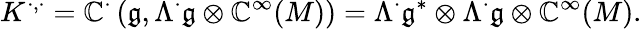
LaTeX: K^{\cdot,\cdot}=\mathbb{C}^{\cdot}\left({\mathfrak{{g}}},\Lambda^{\cdot}{\mathfrak{{g}}}\otimes\mathbb{C}^{\infty}(M)\right)=\Lambda^{\cdot}{\mathfrak{{g}}}^{*}\otimes\Lambda^{\cdot}{\mathfrak{{g}}}\otimes\mathbb{C}^{\infty}(M).